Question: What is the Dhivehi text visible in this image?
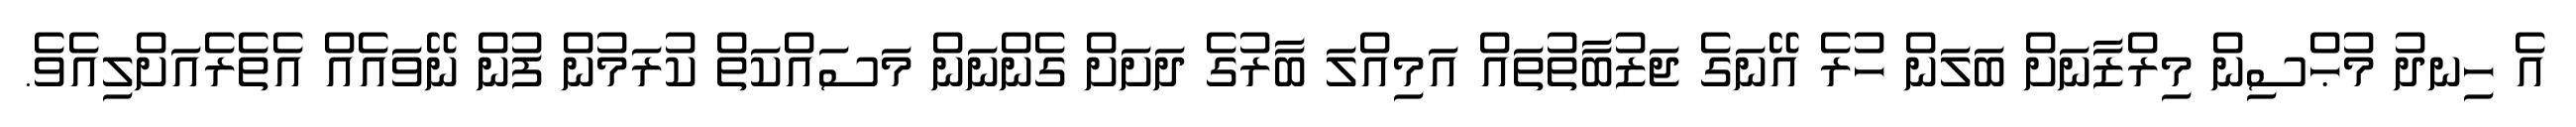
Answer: އެ ހިނދު މުޙްސިން މިރްޒާނަށް ބަލަން ހުރެ އޭނަގެ ޖަޒުބާތުތައް އަމިއްލަ ބާރުގެ ދަށަށް ގެންނަން މަސައްކަތް ކުރަމުން ފުން ނޭވައެއް އެތެރެއަށްލިއެވެ.